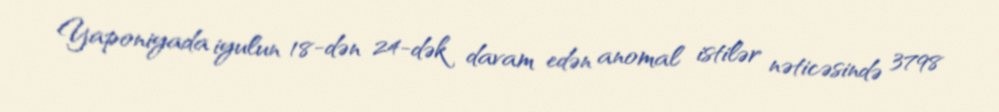
Yaponiyada iyulun 18-dən 24-dək davam edən anomal istilər nəticəsində 3798